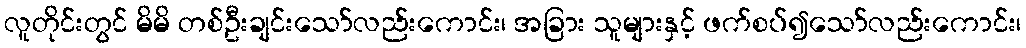
လူတိုင်းတွင် မိမိ တစ်ဦးချင်းသော်လည်းကောင်း၊ အခြား သူများနှင့် ဖက်စပ်၍သော်လည်းကောင်း၊